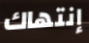
إنتهاك